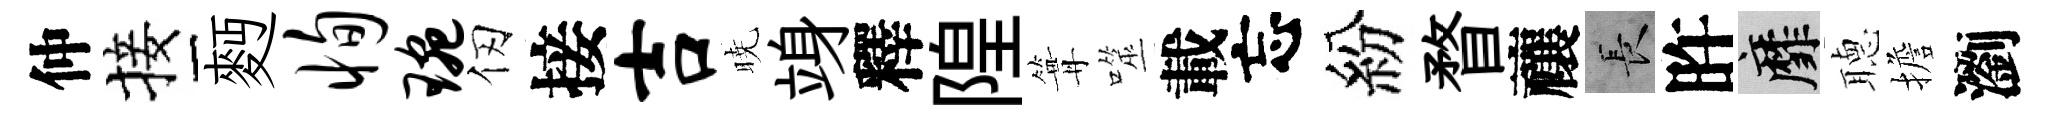
仲接麪恂琬仞接吉暁竧釋隍篝噬載忘紛瞀禳长旿靡𦗟擔瀏